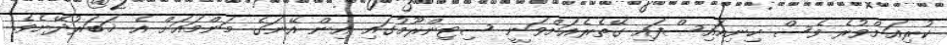
ކުރިއަށްވުރެ ވެސް ހިނިއައިސްފައި ގޭތެރެއަށްވަނީ ސިޓިންރޫމުގައި އިން އޭނަގެ މަންމައަށް އެ ޚަބަރުދޭށެވެ.